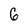
Character: 6